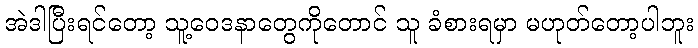
အဲဒါပြီးရင်တော့ သူ့ဝေဒနာတွေကိုတောင် သူ ခံစားရမှာ မဟုတ်တော့ပါဘူး